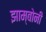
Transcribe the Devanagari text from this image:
झाम्बोनी